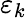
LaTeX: \varepsilon_{k}